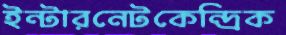
ইন্টারনেটকেন্দ্রিক